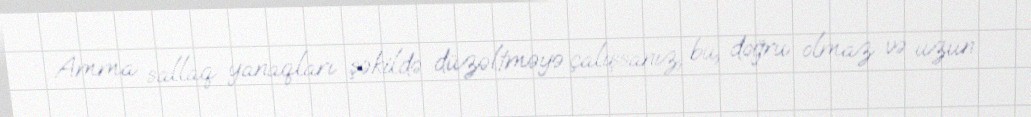
Amma sallaq yanaqları şəkildə düzəltməyə çalışsanız, bu, doğru olmaz və uzun